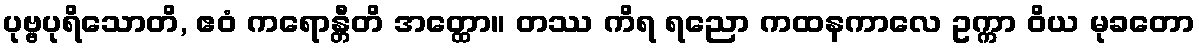
ပုဗ္ဗပုရိသောတိ, ဧဝံ ကရောန္တီတိ အတ္ထော။ တဿ ကိရ ရညော ကထနကာလေ ဥက္ကာ ဝိယ မုခတော